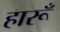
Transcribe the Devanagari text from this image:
हारूँ